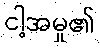
ငါ့အမှု၏